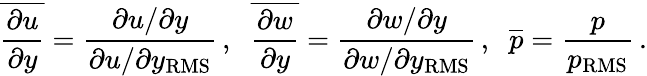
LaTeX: \overline{{\frac{\partial u}{\partial y}}}=\frac{\partial u/\partial y}{\partial u/\partial y_{\mathrm{RMS}}}\, ,\; \; \overline{{\frac{\partial w}{\partial y}}}=\frac{\partial w/\partial y}{\partial w/\partial y_{\mathrm{RMS}}}\, ,\; \; \overline{{p}}=\frac{p}{p_{\mathrm{RMS}}}\, .